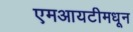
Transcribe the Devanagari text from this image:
एमआयटीमधून